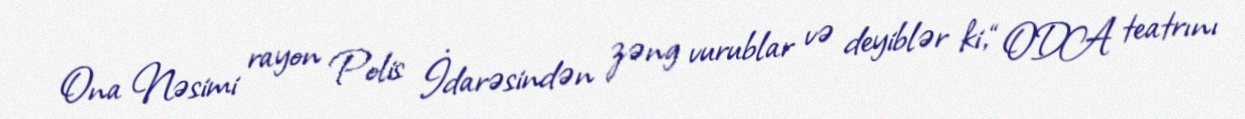
Ona Nəsimi rayon Polis İdarəsindən zəng vurublar və deyiblər ki, “ODA teatrını